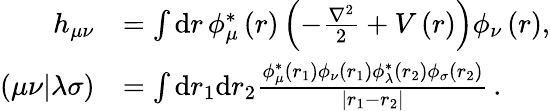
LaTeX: \begin{array}{rl}{h_{\mu\nu}}&{=\int\textrm{d}r\, \phi_{\mu}^{*}\left(r\right)\left(-\frac{\nabla^{2}}{2}+V\left(r\right)\right)\phi_{\nu}\left(r\right),}\\ {\left(\mu\nu|\lambda\sigma\right)}&{=\int\textrm{d}r_{1}\textrm{d}r_{2}\frac{\phi_{\mu}^{*}\left(r_{1}\right)\phi_{\nu}\left(r_{1}\right)\phi_{\lambda}^{*}\left(r_{2}\right)\phi_{\sigma}\left(r_{2}\right)}{\left|r_{1}-r_{2}\right|}\, .}\end{array}